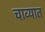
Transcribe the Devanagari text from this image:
चाव्यात